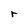
Character: r